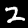
Digit: 2